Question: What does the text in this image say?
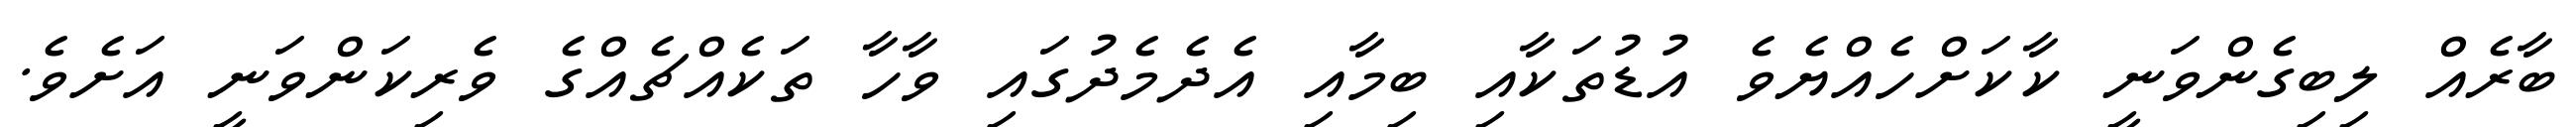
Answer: ބާރެއް ލިބިގެންވަނީ ކާކަށްހެއްޔެވެ އުޑުތަކާއި ބިމާއި އެދެމެދުގައި ވާހާ ތަކެއްޗެއްގެ ވެރިކަންވަނީ އަށެވެ.